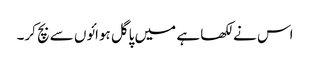
اس نے لکھا ہے میں پاگل ہوائوں سے بچ کر۔